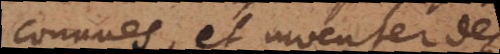
connues, et inventer des